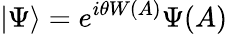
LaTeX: |\Psi\rangle=e^{i\theta W(A)}\Psi(A)